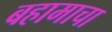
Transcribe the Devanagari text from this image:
बहामाचा